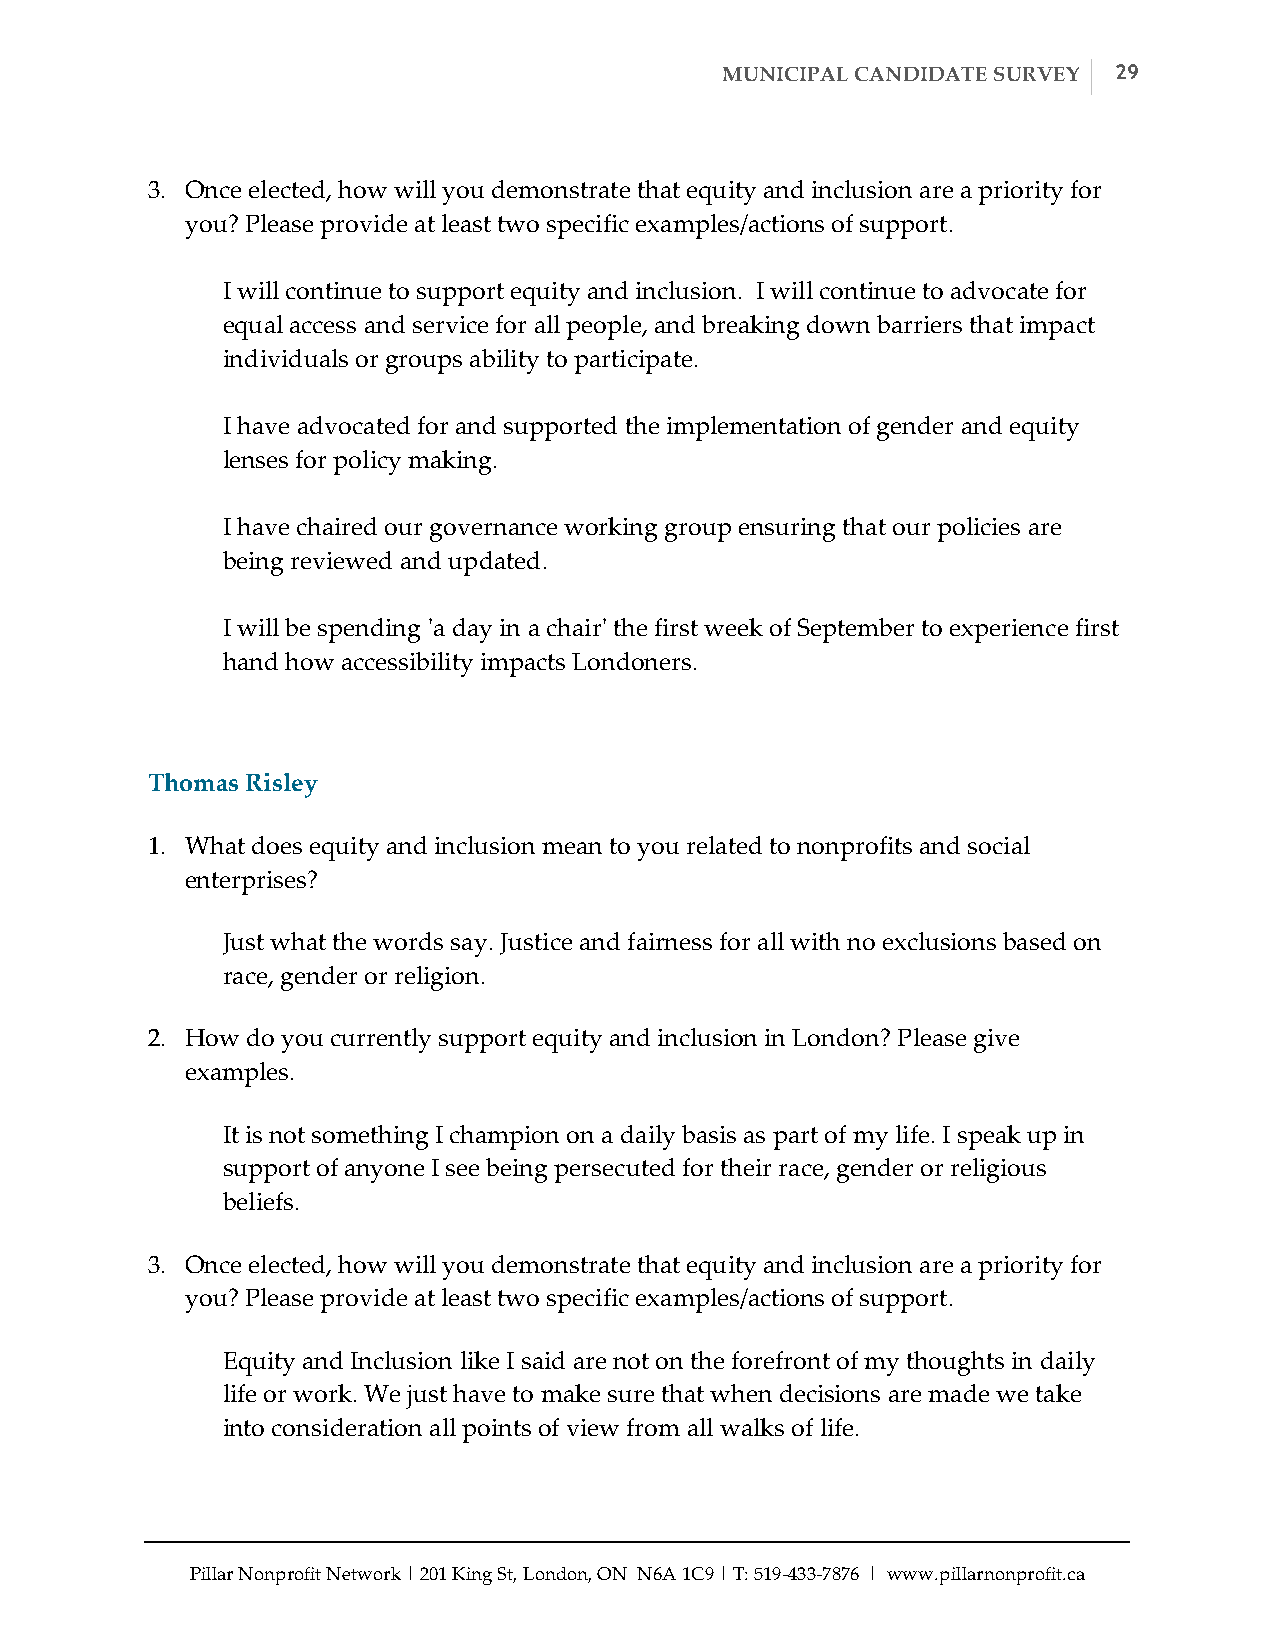
MUNICIPAL CANDIDATE SURVEY 29
 3. Once elected, how will you demonstrate that equity and inclusion are a priority for
 you? Please provide at least two specific examples/actions of support.
 I will continue to support equity and inclusion. I will continue to advocate for
 equal access and service for all people, and breaking down barriers that impact
 individuals or groups ability to participate.
 I have advocated for and supported the implementation of gender and equity
 lenses for policy making.
 I have chaired our governance working group ensuring that our policies are
 being reviewed and updated.
 I will be spending 'ʹa day in a chair'ʹ the first week of September to experience first
 hand how accessibility impacts Londoners.
 Thomas Risley
 1. What does equity and inclusion mean to you related to nonprofits and social
 enterprises?
 Just what the words say. Justice and fairness for all with no exclusions based on
 race, gender or religion.
 2. How do you currently support equity and inclusion in London? Please give
 examples.
 It is not something I champion on a daily basis as part of my life. I speak up in
 support of anyone I see being persecuted for their race, gender or religious
 beliefs.
 3. Once elected, how will you demonstrate that equity and inclusion are a priority for
 you? Please provide at least two specific examples/actions of support.
 Equity and Inclusion like I said are not on the forefront of my thoughts in daily
 life or work. We just have to make sure that when decisions are made we take
 into consideration all points of view from all walks of life.
 Pillar Nonprofit Network | 201 King St, London, ON N6A 1C9 | T: 519-­‐‑433-­‐‑7876 | www.pillarnonprofit.ca